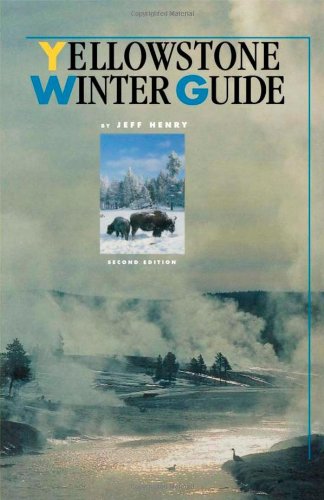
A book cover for Yellowstone Winter Guide; Jeff Henry; Travel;